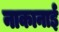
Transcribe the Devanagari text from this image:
नाकानाई